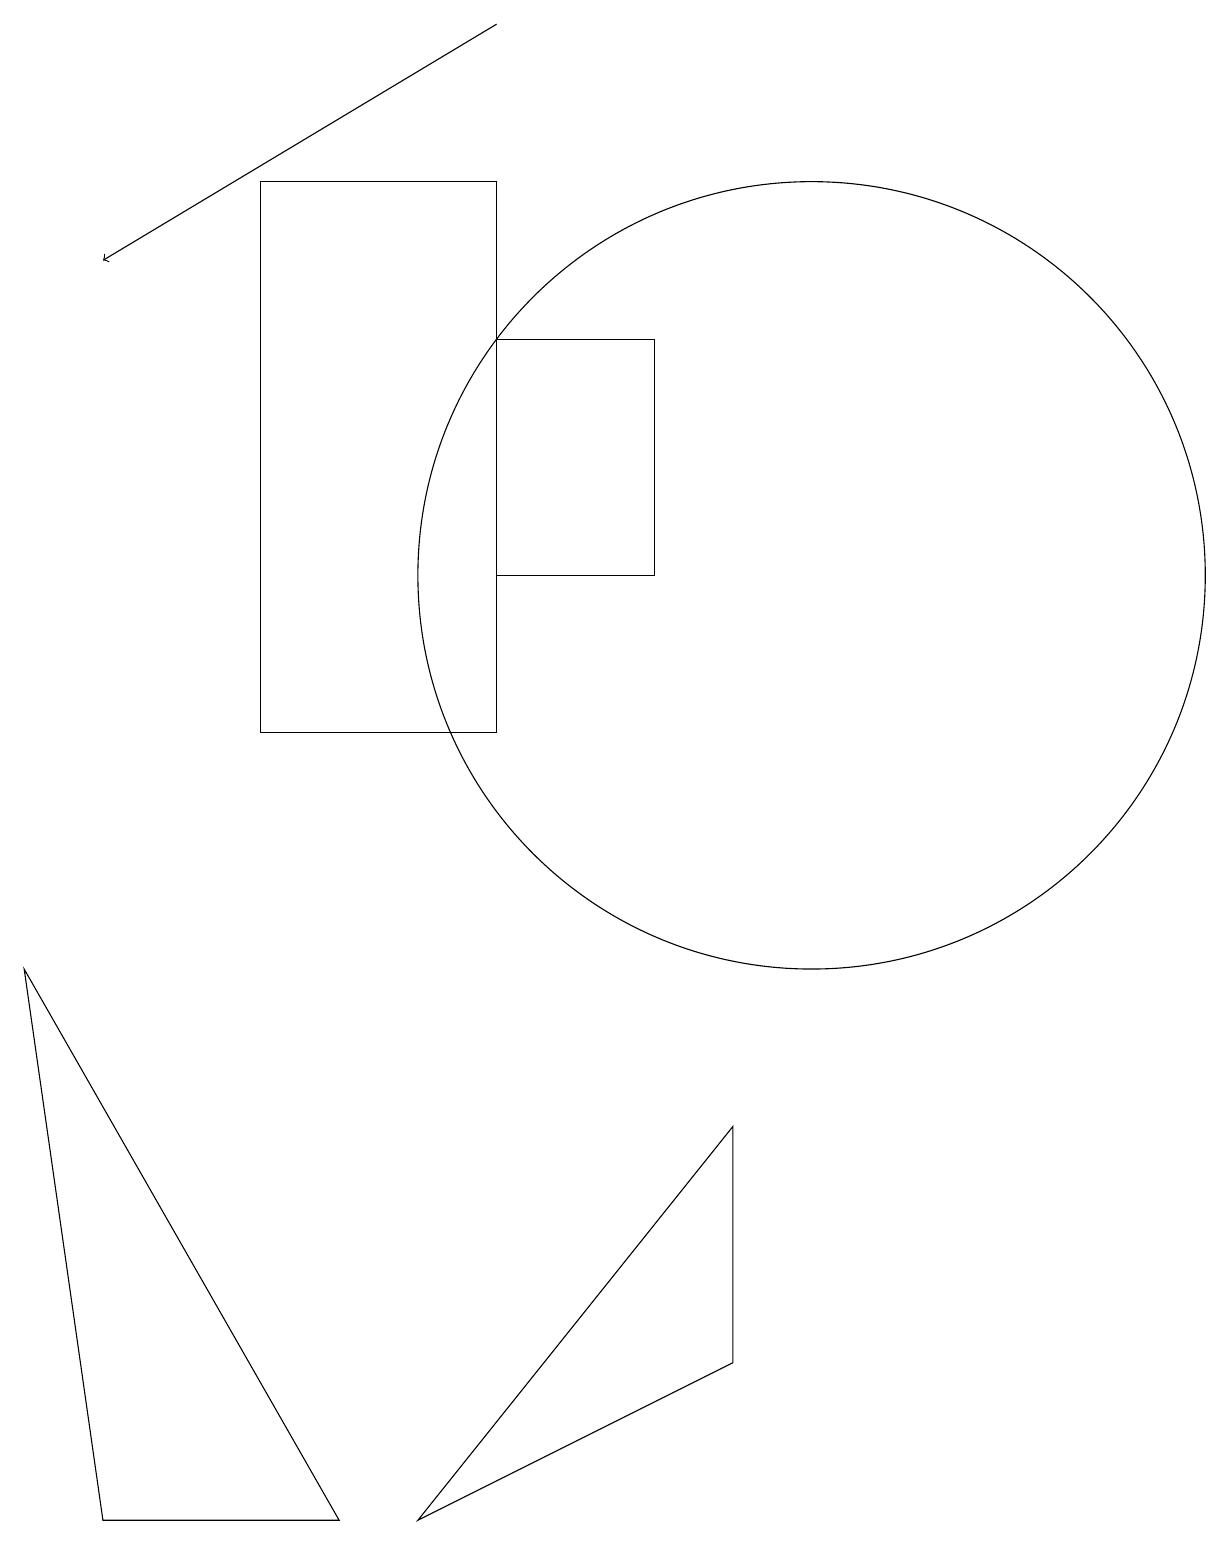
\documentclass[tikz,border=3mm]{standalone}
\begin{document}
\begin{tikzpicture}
\draw (5,0) -- (9,2) -- (9,5) -- cycle;
\draw (10,12) circle (5);
\draw[->] (6,19) -- (1,16);
\draw (0,7) -- (1,0) -- (4,0) -- cycle;
\draw (6,12) rectangle (8,15);
\draw (3,10) rectangle (6,17);
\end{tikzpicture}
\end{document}